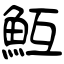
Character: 魱